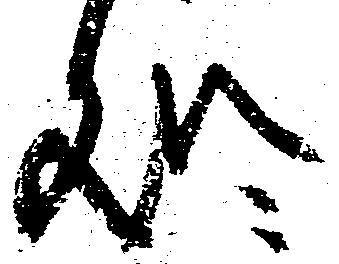
処